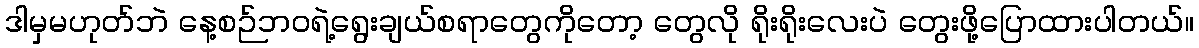
ဒါမှမဟုတ်ဘဲ နေ့စဉ်ဘဝရဲ့ရွေးချယ်စရာတွေကိုတော့ တွေလို ရိုးရိုးလေးပဲ တွေးဖို့ပြောထားပါတယ်။